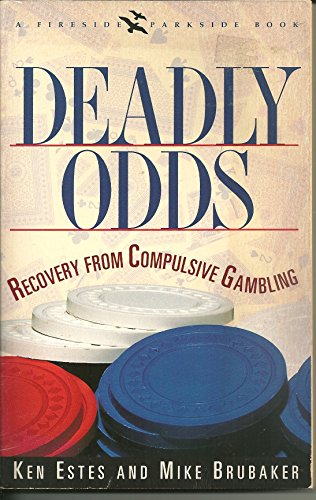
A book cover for Deadly Odds: Recovery from Compulsive Gambling (A Fireside Parkside Book); Ken Estes; Health, Fitness & Dieting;